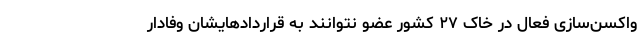
واکسن‌سازی فعال در خاک ۲۷ کشور عضو نتوانند به قراردادهایشان وفادار